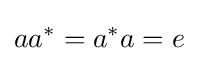
aa^{*}=a^{*}a=e